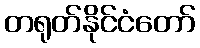
တရုတ်နိုင်ငံတော်